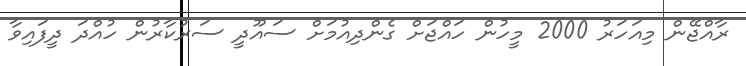
ރާއްޖޭން މިއަހަރު 2000 މީހުން ހައްޖަށް ގެންދިއުމަށް ސައޫދީ ސަރުކާރުން ހުއްދަ ދީފައިވާ